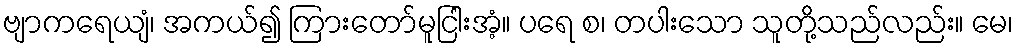
ဗျာကရေယျံ၊ အကယ်၍ ကြားတော်မူငြါးအံ့။ ပရေ စ၊ တပါးသော သူတို့သည်လည်း။ မေ၊